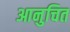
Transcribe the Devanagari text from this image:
आनुचित